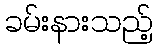
ခမ်းနားသည့်